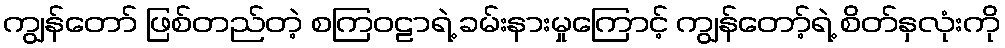
ကျွန်တော် ဖြစ်တည်တဲ့ စကြဝဠာရဲ့ ခမ်းနားမှုကြောင့် ကျွန်တော့်ရဲ့ စိတ်နှလုံးကို